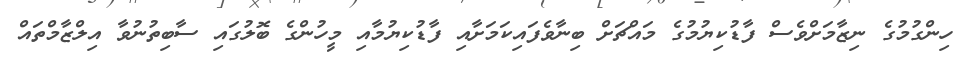
ހިންގުމުގެ ނިޒާމަށްވެސް ފާޑުކިޔުމުގެ މައްޗަށް ބިނާވެފައިކަމަށާއި ފާޑުކިޔުމާއި މީހުންގެ ބޮލުގައި ސާބިތުނުވާ އިލްޒާމްތައް